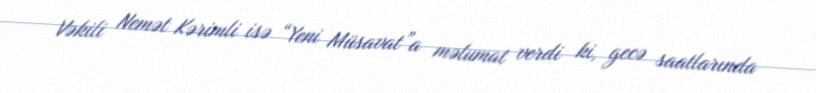
Vəkili Nemət Kərimli isə “Yeni Müsavat”a məlumat verdi ki, gecə saatlarında